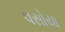
વસોયા